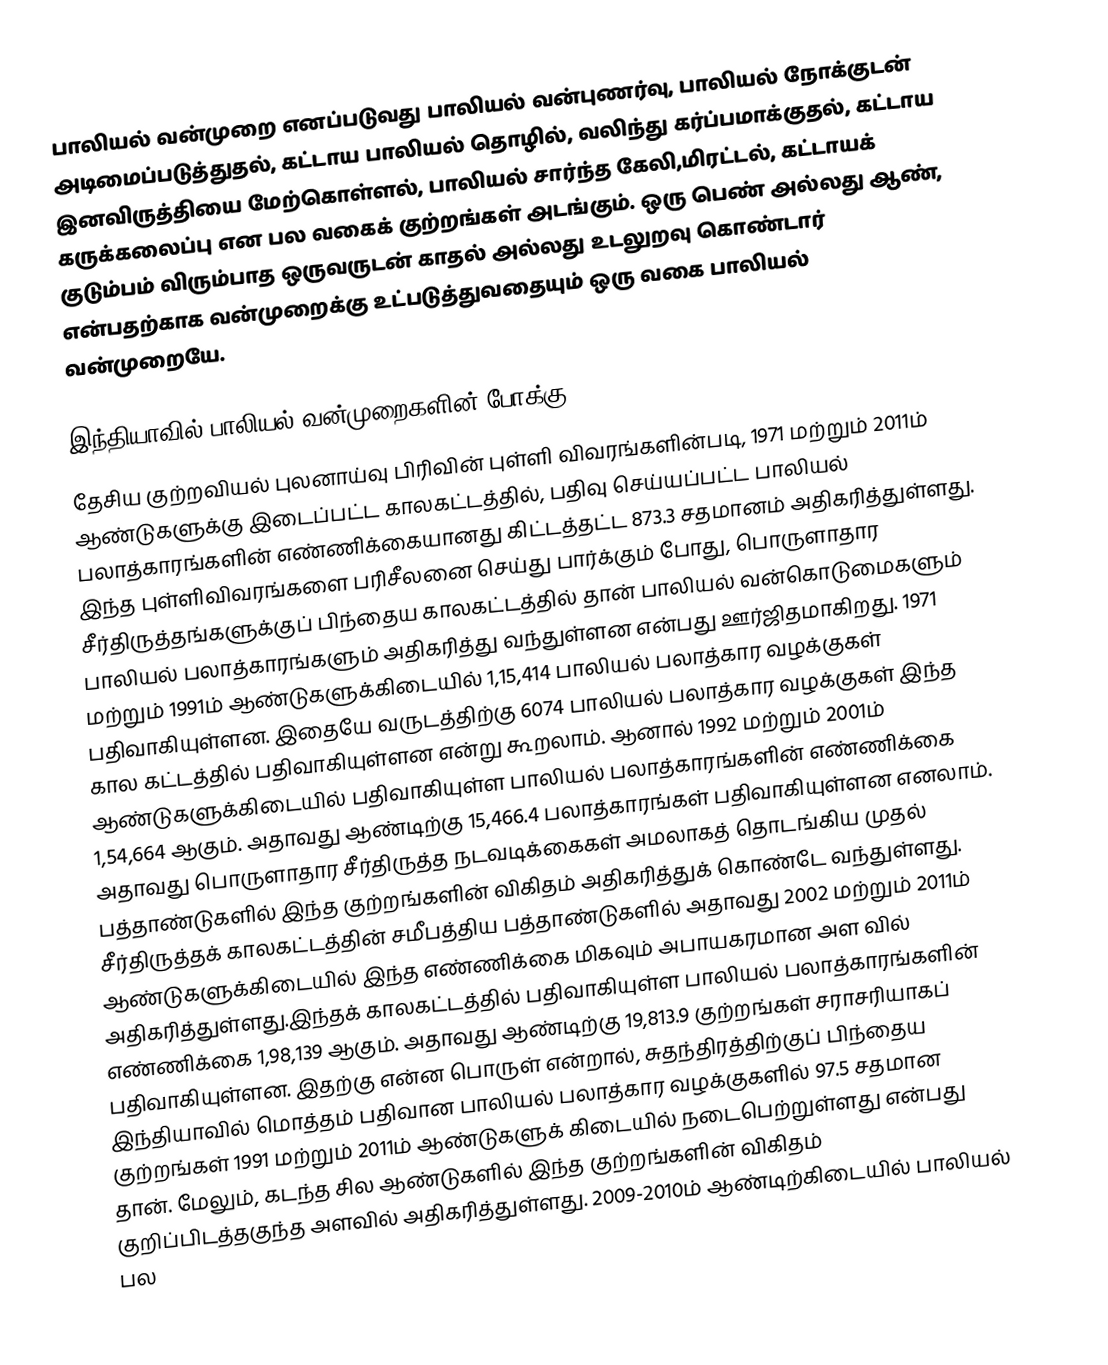
பாலியல் வன்முறை எனப்படுவது பாலியல் வன்புணர்வு, பாலியல் நோக்குடன் அடிமைப்படுத்துதல், கட்டாய பாலியல் தொழில், வலிந்து கர்ப்பமாக்குதல், கட்டாய இனவிருத்தியை மேற்கொள்ளல், பாலியல் சார்ந்த கேலி,மிரட்டல், கட்டாயக் கருக்கலைப்பு என பல வகைக் குற்றங்கள் அடங்கும். ஒரு பெண் அல்லது ஆண், குடும்பம் விரும்பாத ஒருவருடன் காதல் அல்லது உடலுறவு கொண்டார் என்பதற்காக வன்முறைக்கு உட்படுத்துவதையும் ஒரு வகை பாலியல் வன்முறையே.

இந்தியாவில் பாலியல் வன்முறைகளின் போக்கு
தேசிய குற்றவியல் புலனாய்வு பிரிவின் புள்ளி விவரங்களின்படி, 1971 மற்றும் 2011ம் ஆண்டுகளுக்கு இடைப்பட்ட காலகட்டத்தில், பதிவு செய்யப்பட்ட பாலியல் பலாத்காரங்களின் எண்ணிக்கையானது கிட்டத்தட்ட 873.3 சதமானம் அதிகரித்துள்ளது. இந்த புள்ளிவிவரங்களை பரிசீலனை செய்து பார்க்கும் போது, பொருளாதார சீர்திருத்தங்களுக்குப் பிந்தைய காலகட்டத்தில் தான் பாலியல் வன்கொடுமைகளும் பாலியல் பலாத்காரங்களும் அதிகரித்து வந்துள்ளன என்பது ஊர்ஜிதமாகிறது. 1971 மற்றும் 1991ம் ஆண்டுகளுக்கிடையில் 1,15,414 பாலியல் பலாத்கார வழக்குகள் பதிவாகியுள்ளன. இதையே வருடத்திற்கு 6074 பாலியல் பலாத்கார வழக்குகள் இந்த கால கட்டத்தில் பதிவாகியுள்ளன என்று கூறலாம். ஆனால் 1992 மற்றும் 2001ம் ஆண்டுகளுக்கிடையில் பதிவாகியுள்ள பாலியல் பலாத்காரங்களின் எண்ணிக்கை 1,54,664 ஆகும். அதாவது ஆண்டிற்கு 15,466.4 பலாத்காரங்கள் பதிவாகியுள்ளன எனலாம். அதாவது பொருளாதார சீர்திருத்த நடவடிக்கைகள் அமலாகத் தொடங்கிய முதல் பத்தாண்டுகளில் இந்த குற்றங்களின் விகிதம் அதிகரித்துக் கொண்டே வந்துள்ளது. சீர்திருத்தக் காலகட்டத்தின் சமீபத்திய பத்தாண்டுகளில் அதாவது 2002 மற்றும் 2011ம் ஆண்டுகளுக்கிடையில் இந்த எண்ணிக்கை மிகவும் அபாயகரமான அள வில் அதிகரித்துள்ளது.இந்தக் காலகட்டத்தில் பதிவாகியுள்ள பாலியல் பலாத்காரங்களின் எண்ணிக்கை 1,98,139 ஆகும். அதாவது ஆண்டிற்கு 19,813.9 குற்றங்கள் சராசரியாகப் பதிவாகியுள்ளன. இதற்கு என்ன பொருள் என்றால், சுதந்திரத்திற்குப் பிந்தைய இந்தியாவில் மொத்தம் பதிவான பாலியல் பலாத்கார வழக்குகளில் 97.5 சதமான குற்றங்கள் 1991 மற்றும் 2011ம் ஆண்டுகளுக் கிடையில் நடைபெற்றுள்ளது என்பது தான். மேலும், கடந்த சில ஆண்டுகளில் இந்த குற்றங்களின் விகிதம் குறிப்பிடத்தகுந்த அளவில் அதிகரித்துள்ளது. 2009-2010ம் ஆண்டிற்கிடையில் பாலியல் பல